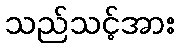
သည်သင့်အား